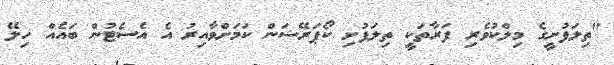
"ތިލަފުށީގެ މިލްކުވެރި ފަރާތަކީ ތިލަފުށި ކޯޕަރޭޝަން ކަމަށްވާއިރު އެ އެސެޓުން ބައެއް ހިލޭ